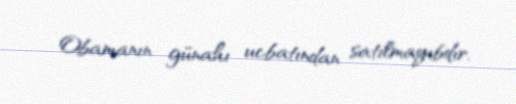
Obamanın günahı ucbatından satılmayıbdır.